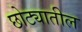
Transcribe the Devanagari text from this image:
छोट्यातील